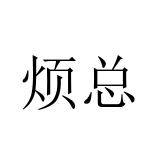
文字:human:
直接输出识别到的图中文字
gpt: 烦总